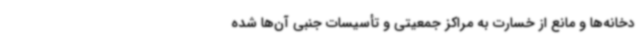
دخانه‌ها و مانع از خسارت به مراکز جمعیتی و تأسیسات جنبی آن‌ها شده